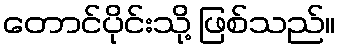
တောင်ပိုင်းသို့ ဖြစ်သည်။